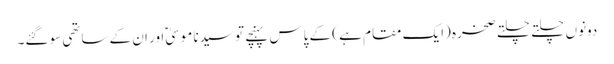
دونوں چلتے چلتے صخرہ (ایک مقام ہے ) کے پاس پہنچے تو سیدنا موسیٰؑ اور ان کے ساتھی سو گئے۔